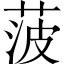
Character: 菠